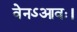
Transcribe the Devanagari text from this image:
वेनऽआवः।